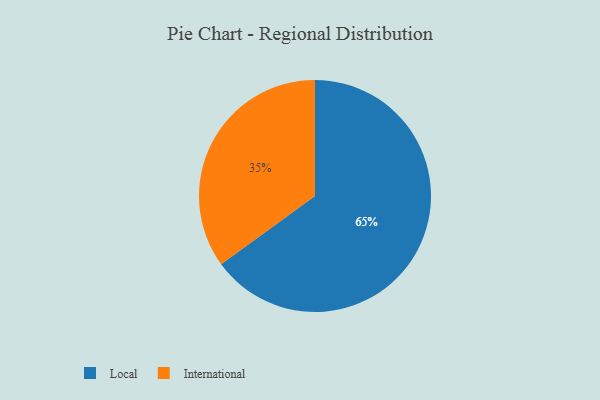
{"axis": {"x": "Category", "y": "Percentage"}, "legend": ["International", "Local"], "data": [{"x": "Local", "y": 65, "type": "Local"}, {"x": "International", "y": 35, "type": "International"}]}